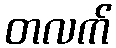
တလက်